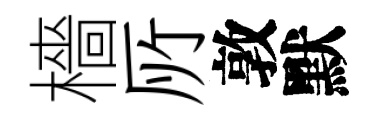
檣𠩄敦默